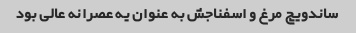
ساندویچ مرغ و اسفناجش به عنوان یه عصرانه عالی بود